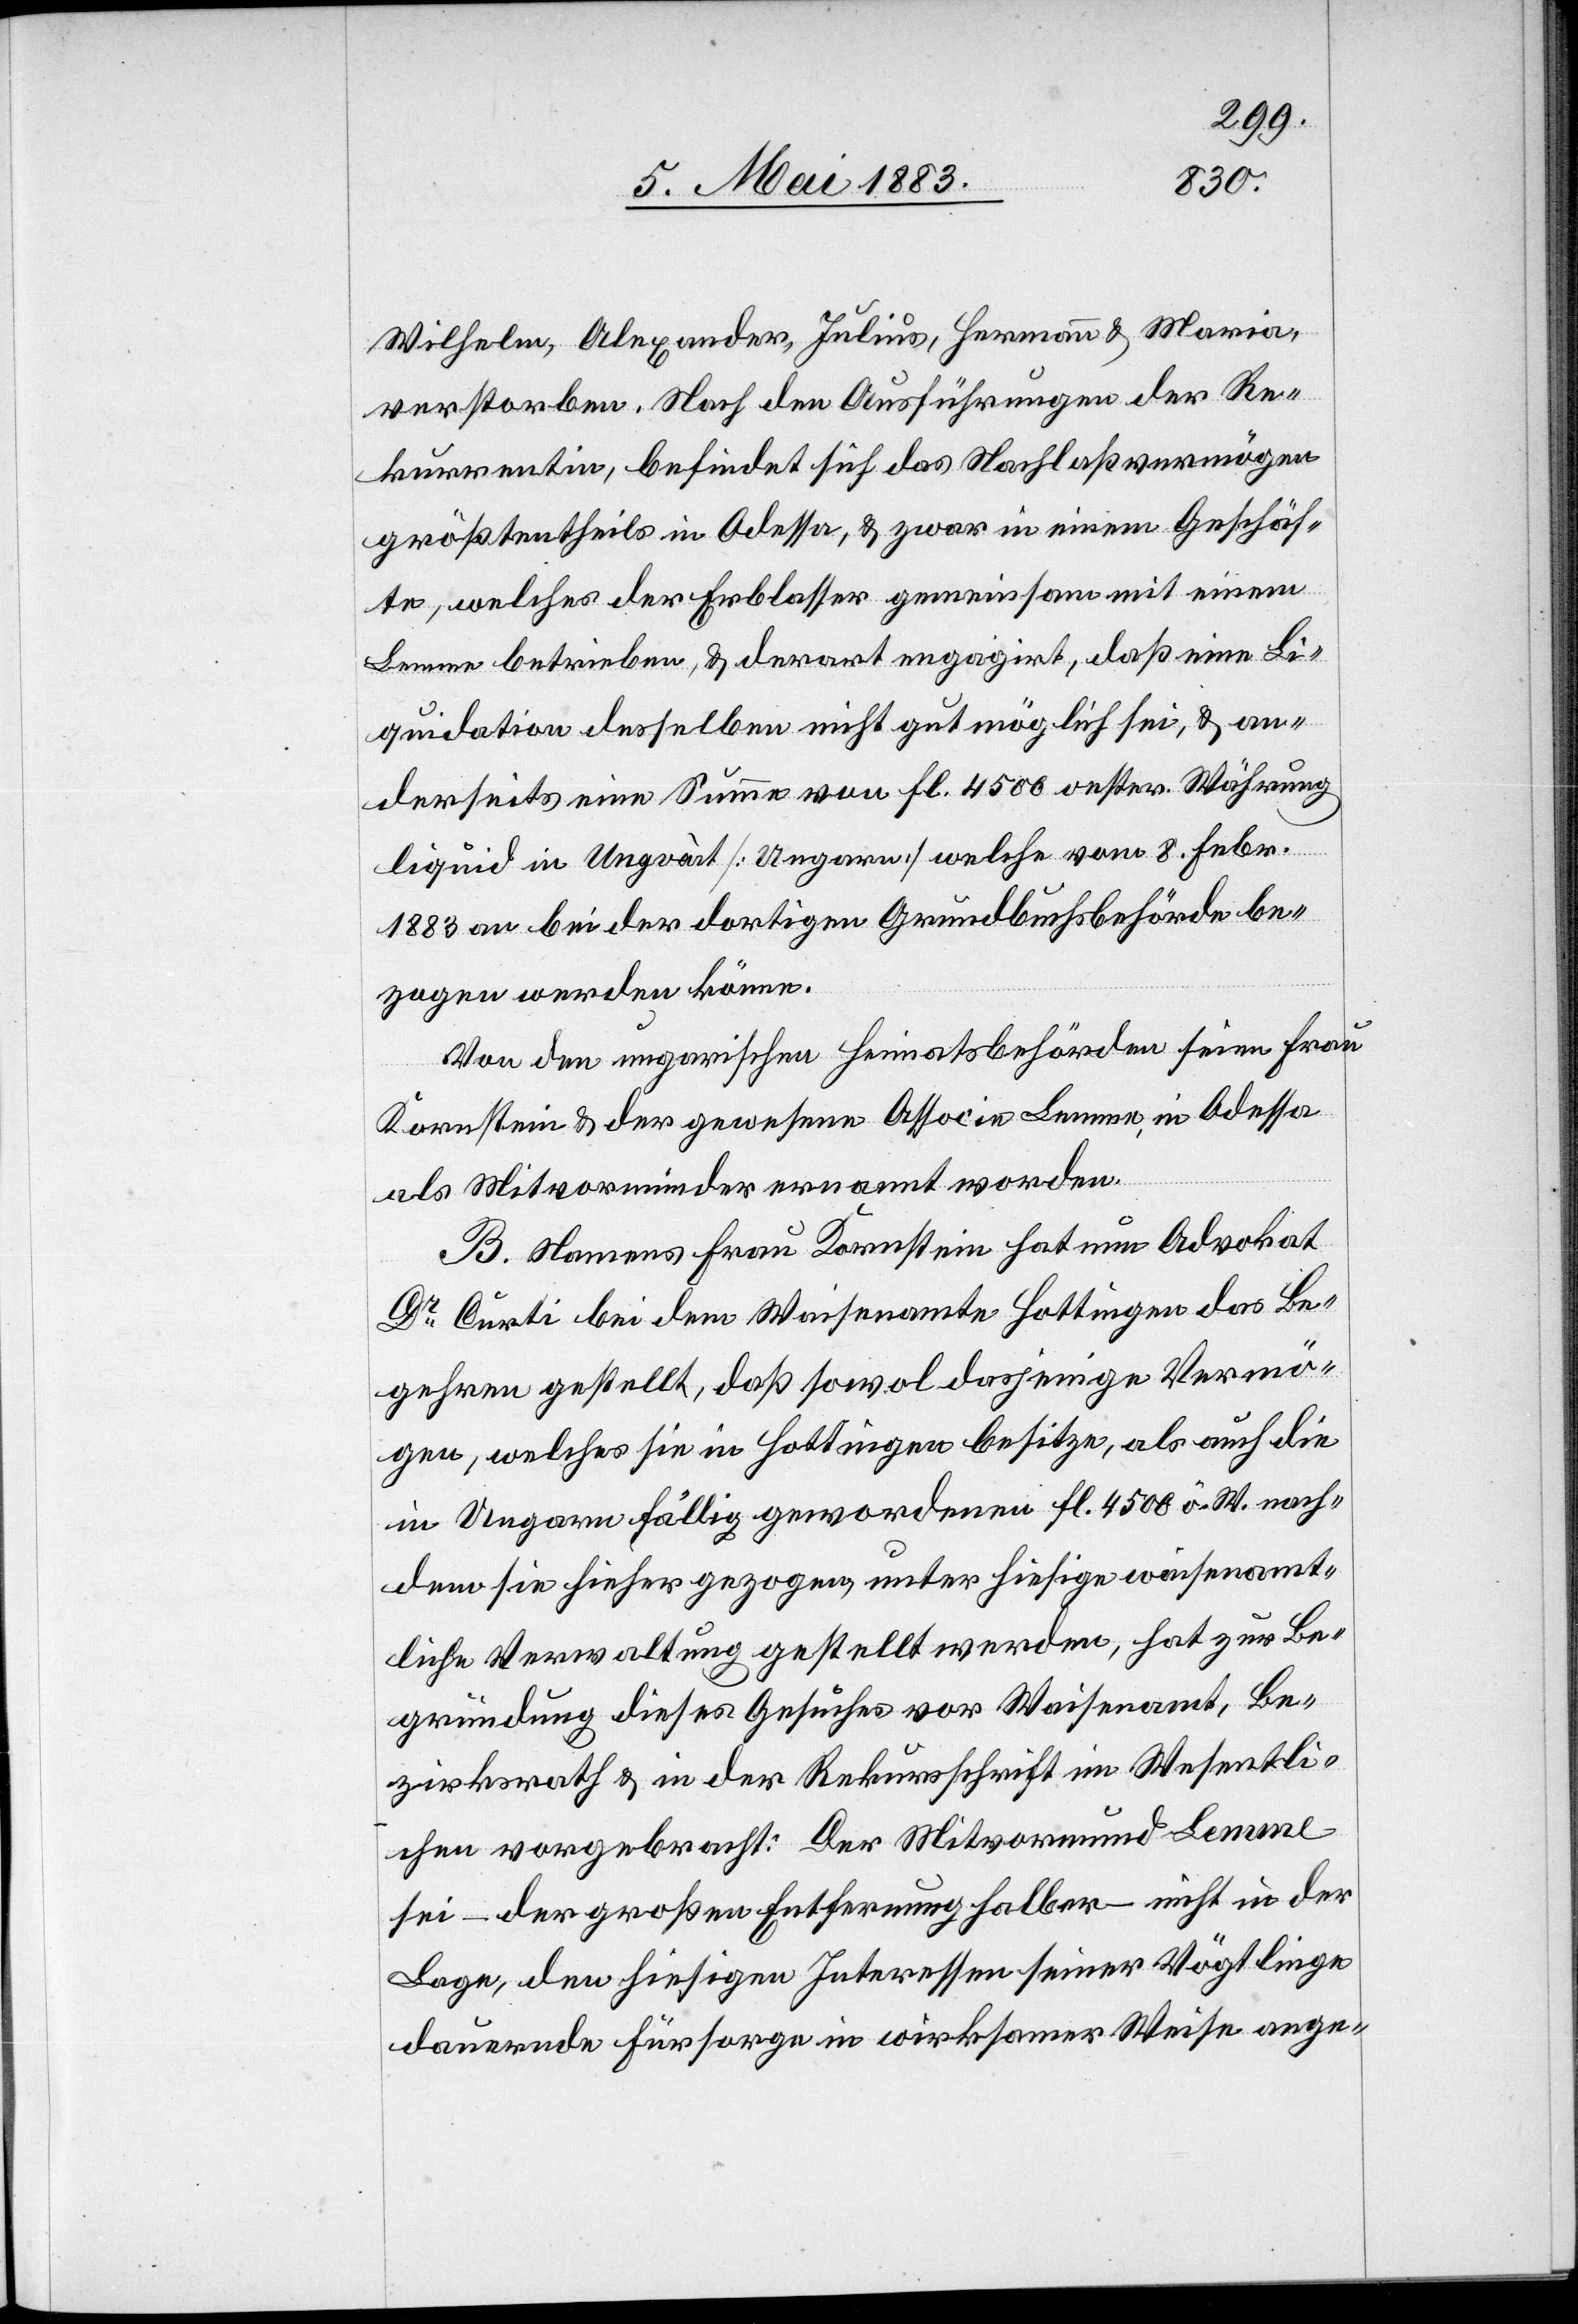
Wilhelm, Alexander, Julius, Hermann & Maria,
verstorben. Nach den Ausführungen der Re¬
kurrentin, befindet sich das Nachlaßvermögen
größtentheils in Odessa, & zwar in einem Geschäf¬
te, welches der Erblasser gemeinsam mit einem
Lemme betrieben, & erart engagirt, daß eine Li¬
quidation desselben nicht gut möglich sei, & an¬
derseits eine Summe von Fl. 4500 oester. Währung
liquid in Ungvàst [Ungarn] welche vom 8. Febr.
1883 an bei der dortigen Grundbuchsbehörde be¬
zogen werden könne.
Von den ungarischen Heimatsbehörden seien Frau
Korenstein & der gewesene Associe Lemme, in Odessa
als Mitvormünder ernannt worden.
B. Namens Frau Kornstein hat nun Advokat
Dr Curti bei dem Waisenamte Hottingen das Be¬
gehren gestellt, daß sowol dasjenige Vermö¬
gen, welches sie in Hottingen besitze, als auch die
in Ungarn fällig gewordenen Fl. 4500 ö. W. nach¬
dem sie hieher gezogen unter hiesige waisenamt¬
liche Verwaltung gestellt werden, hat zur Be¬
gründung dieses Gesuches vor Waisenamt, Be¬
zirksrath & in der Rekursschrift im Wesentli¬
chen vorgebracht: Der Mitvormund Lemme
sei – der großen Entfernung halber – nicht in der
Lage, den hiesigen Interessen seiner Vögtlinge
dauernde Fürsorge in wirksamer Weise ange-